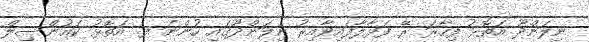
ނިލަންދޫ އަތޮޅު ފިހާރަ ރޭ ފަޅާލާފައިވާއިރު ނިލަންދޫގައި ހުންނަ ފ. އަތޮޅު ކައުންސިލް